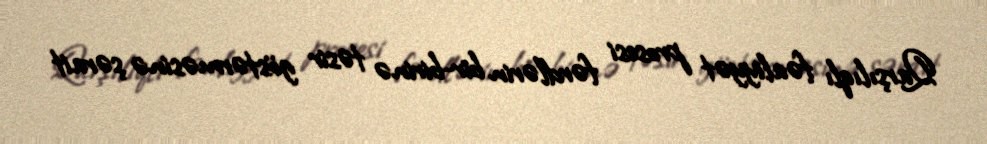
Qarşılıqlı fəaliyyət prosesi fərdlərin bir-birinə təsir göstərməsinə şərait